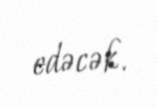
edəcək.